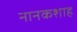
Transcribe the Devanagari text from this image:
नानकशाह